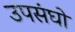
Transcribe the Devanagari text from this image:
उपसंघों